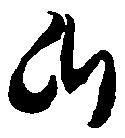
候